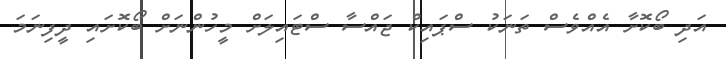
އަދި ބޯކޮށާ އެއްވެސް ތަނަކު ސްޕައިކް ޖައްސާ ސްޓައިލަށް މީހުންނަށް ބޯކޮށައި ދީފިނަމަ